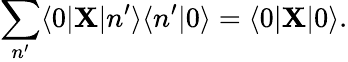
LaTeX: \sum_{n^{\prime}}\langle 0|{\mathbf X}|n^{\prime}\rangle\langle n^{\prime}|0\rangle=\langle 0|{\mathbf X}|0\rangle.